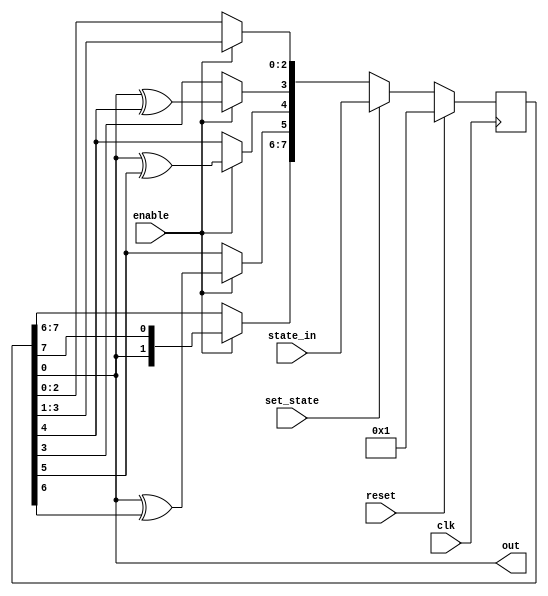
`timescale 1ns/10ps
/*
lfsr.v
2019-04-09 Samuel B Powell
samuel.powell@uq.edu.au

Linear feedback shift register with both Fibonacci (wide XOR) and Galois
(many 2-bit XOR) architectures.

lfsr #(
    .Depth(8),
    .Coeffs(8'b10111000),
    .Galois(1) // nonzero: use Galois architecture
) lfsr_0 (
    .clk(),    // in: system clock
    .reset(),  // in: active-high synchronous reset
    .enable(), // in: active-high enable
    .out(),    //out: output bit stream
    .set_state(), // in: set internal state to state_in when high
    .state_in()   // in [Depth]: new internal state
);

The maximum sequence length is (2**Depth - 1). 
See http://users.ece.cmu.edu/~koopman/lfsr/index.html for lists of polynomials.

Depth: a few possible coefficient bit-strings for max-length sequences
4:  4'h9, 4'hC
5:  5'h12, 5'h14, 5'h17, 5'h1B, 5'h1D, 5'h1E
6:  6'h21, 6'h2D, 6'h30, 6'h33, 6'h36, 6'h39
7:  7'h41, 7'h44, 7'h47, 7'h48, 7'h4E, 7'h53, 7'h55, 7'h5C, 7'h5F, 7'h60, 7'h65
8:  8'h8E, 8'h95, 8'h96, 8'hA6, 8'hAF, 8'hB1, 8'hB2, 8'hB4, 8'hB8, 8'hC3, 8'hC6
9:  9'h108, 9'h10D, 9'h110, 9'h116, 9'h119, 9'h12C, 9'h12F, 9'h134, 9'h137
10: 10'h204, 10'h20D, 10'h213, 10'h216, 10'h232, 10'h237, 10'h240, 10'h245
12: 12'h829, 12'h834, 12'h83D, 12'h83E, 12'h84C, 12'h868, 12'h875, 12'h883
14: 14'h2015, 14'h201C, 14'h2029, 14'h202F, 14'h203D, 14'h2054, 14'h2057
16: 16'h8016, 16'h801C, 16'h801F, 16'h8029, 16'h805E, 16'h806B, 16'h8097
20: 20'h80004, 20'h80029, 20'h80032, 20'h80034, 20'h8003D, 20'h80079, 20'h800B3
24: 24'h80000D, 24'h800043, 24'h800058, 24'h80006D, 24'h80007A, 24'h800092
28: 28'h8000004, 28'h8000029, 28'h800003B, 28'h8000070, 28'h80000B3, 28'h80000B9
32: 32'h80000057, 32'h80000062, 32'h8000007A, 32'h80000092, 32'h800000B9

*/

module lfsr #(
    parameter Depth = 8,
    parameter Coeffs = 8'hB8,
    parameter Galois = 1
)(
    input wire clk,
    input wire reset,
    input wire enable,
    output wire out,
    input wire set_state,
    input wire [Depth-1:0] state_in
);


reg [Depth-1:0] state, state_D;
assign out = state[0];

always @(posedge clk) begin
    if(reset == 1'b1) begin
        state <= 1;
    end else begin
        state <= state_D;
    end
end

integer bit;

generate
if(Galois == 0) begin 
//Fibonacci (parallel) architecture
always @* begin
    state_D = state;
    if(set_state == 1'b1) begin
        state_D = state_in;
    end else if(enable == 1'b1) begin
        //shift up
        state_D = {state[Depth-2:0],state[Depth-1]};
        //do the parallel xor
        for(bit = 0; bit < Depth-1; bit = bit + 1) begin
            if(Coeffs[bit] == 1'b1) state_D[0] = state_D[0] ^ state[bit];
        end
    end
end
//End Fibonacci
end else begin 
//Galois (serial) architecture
always @* begin
    state_D = state;
    if(set_state == 1'b1) begin
        state_D = state_in;
    end else if(enable == 1'b1) begin
        //shift down
        state_D = {state[0], state[Depth-1:1]};
        //insert the XORs, count bits
        for(bit = 0; bit < Depth-1; bit = bit + 1) begin
            if(Coeffs[bit] == 1'b1) state_D[bit] = state[0] ^ state[bit+1];
        end
    end
end
//End Galois
end
endgenerate

endmodule